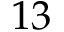
^ Ḋ 1 3 Ḍ